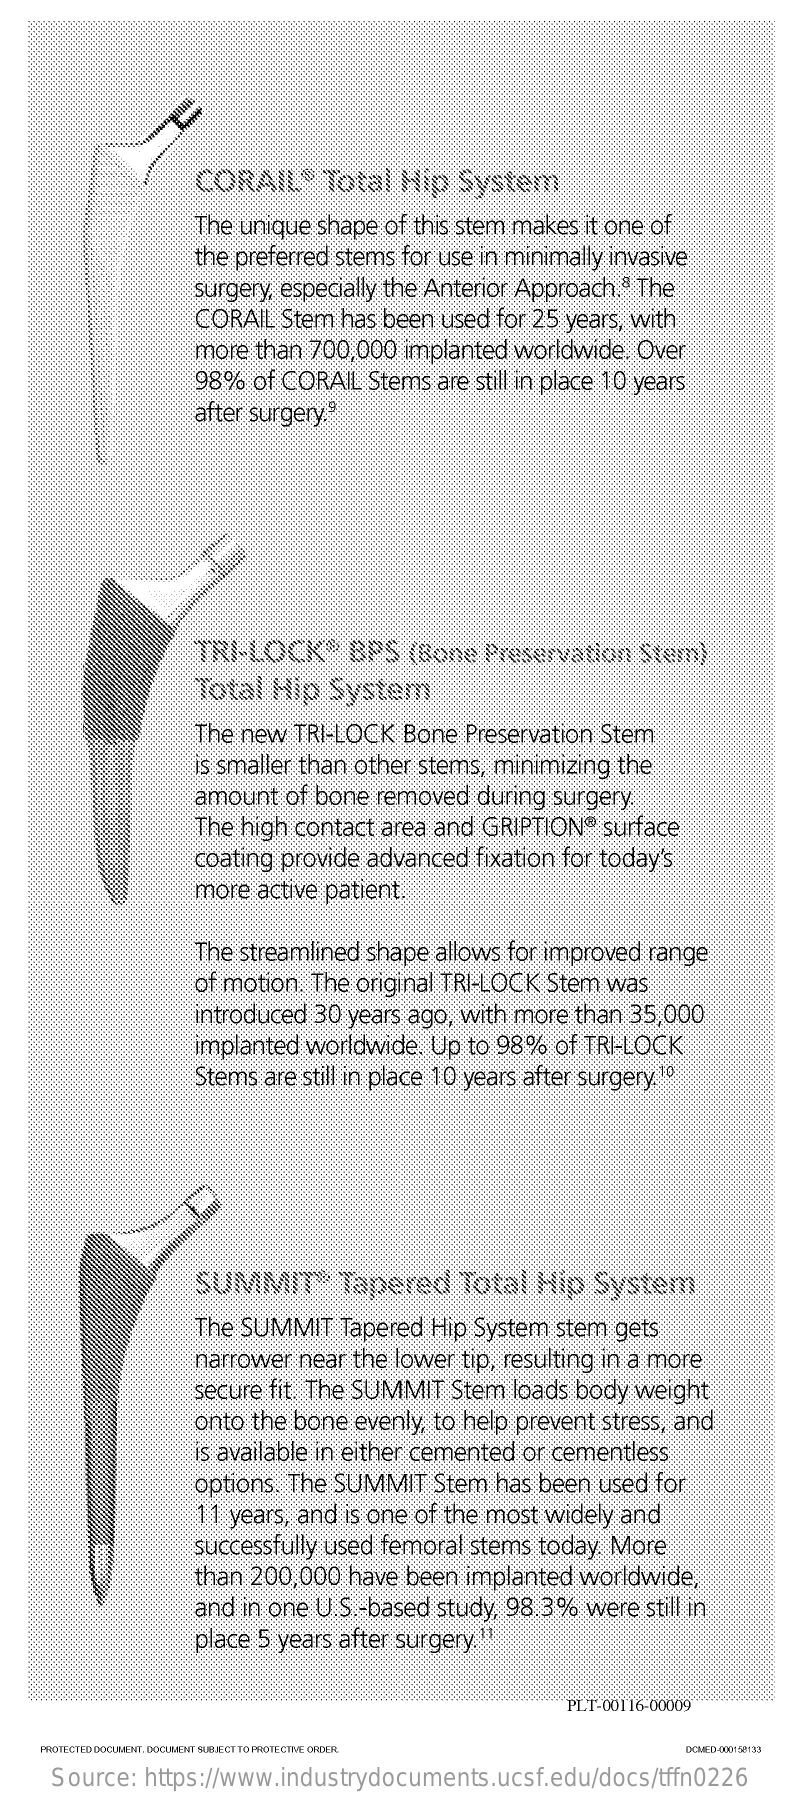
CORAIL®    Total  Hip  System
     The unique shape of this stem makes it one of
     the preferred stems for use in minimally invasive
     surgery, especially the Anterior Approach.ª The
     CORAIL  Stem has been used  for 25 years, with
     more than 700,000  implanted worldwide. Over
     98%  of CORAIL  Stems are still in place 10 years
     after surgery."
     TRI-LOCK®    BPS  (Bone  Preservation  Štern)
     Total  Hip  System
     The new  TRI-LOCK  Bone  Preservation Stem
     s smaller than other stems, minimizing the
     amount  of bone  removed  during surgery
     The high contact area and GRIPTION®  surface
     coating provide advanced  fixation for today's
     more  active patient.
     The streamlined shape allows for improved range
     of motion. The original TRI-LOCK Stem was
     introduced 30 years ago, with more than 35,000
     Implanted worldwide. Up  to 98%  of TRI-LOCK
     Stems are still in place 10 years after surgery.1º
     SUMMIT-    Tapered    Total  Hip  System
     The SUMMIT   Tapered Hip  System stem gets
     narrower near the lower tip, resulting in a more
     secure fit. The SUMMIT Stem  loads body weight
     onto the bone evenly, to help prevent stress, and
     is available in either cemented or cementless
     options. The SUMMIT   Stem has been  used for
     11 years, and is one of the most widely and
     successfully used femoral stems today. More
     than 200,000  have been  implanted worldwide,
     and in one U.S .- based study, 98.3% were still in
     place 5 years after surgery.
     PLT-00116-00009
    PROTECTED DOCUMENT. DOCUMENT SUBJECT TO PROTECTIVE ORDER.  DCMED-000158133
     Source:  https://www.industrydocuments.ucsf.edu/docs/tffn0226